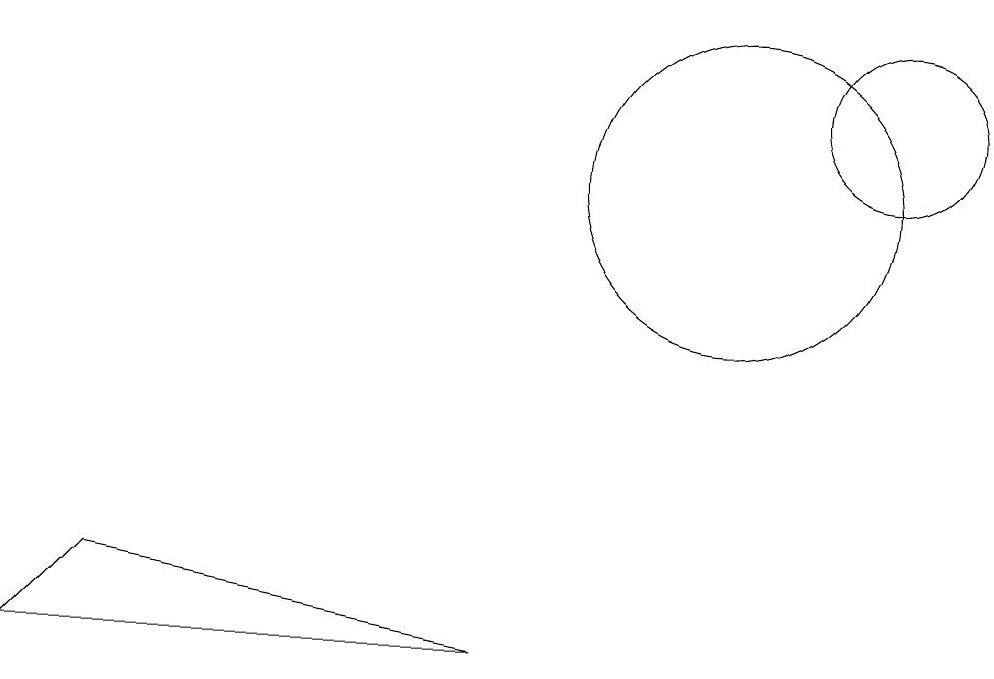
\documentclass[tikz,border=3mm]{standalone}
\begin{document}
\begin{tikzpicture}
\draw (1,4) -- (2,5) -- (7,4) -- cycle;
\draw (10,10) circle (2);
\draw (12,11) circle (1);
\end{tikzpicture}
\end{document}